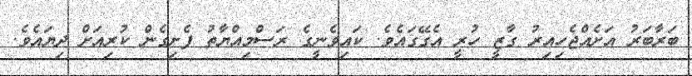
ބަރާބަރު އަށެއްޖެހިއިރު ގާޒީ ހުރީ އެގޭގައެވެ. ކައިވެނީގެ ރަސްމިއްޔާތު ފެށިގެން ކުރިއަށް ދިޔައެވެ.